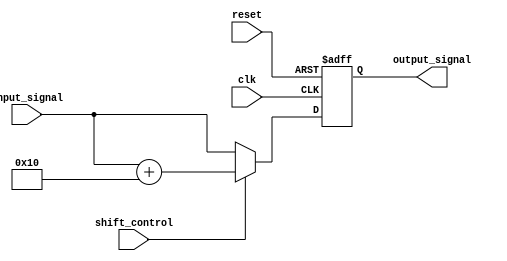
module voltage_level_shifter (
    input wire clk,
    input wire reset,
    input wire [7:0] input_signal,
    input wire shift_control,
    output reg [7:0] output_signal
);

always @(posedge clk or posedge reset) begin
    if (reset) begin
        output_signal <= 8'b0;
    end else begin
        if (shift_control) begin
            output_signal <= input_signal + 8'h10; // Voltage level shifting example
        end else begin
            output_signal <= input_signal;
        end
    end
end

endmodule